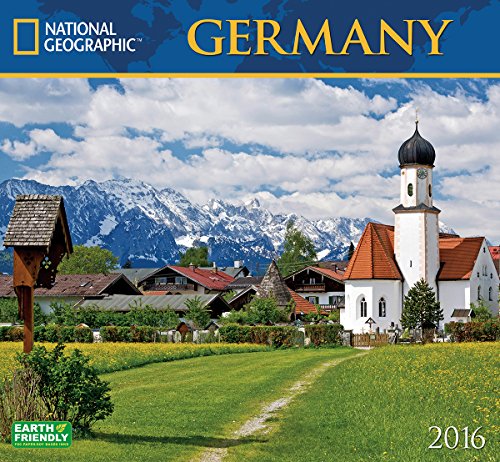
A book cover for Germany National Geographic 2016 Wall Calendar; National Geographic Society; Calendars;